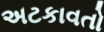
અટકાવતો